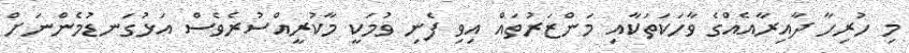
މި ހުރިހާ ދާއިރާއެއްގެ ވާހަކަތަކާއި މަންޒަރުތައް އިވި ފެނި ވުމަކީ މާކުރީއްސުރެވެސް އަޅުގަނޑުމެންނަށް